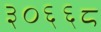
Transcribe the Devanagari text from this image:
३०६६८